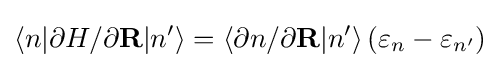
\left\langle n|\partial H/\partial \mathbf {R} |n'\right\rangle =\left\langle \partial n/\partial \mathbf {R} |n'\right\rangle (\varepsilon _{n}-\varepsilon _{n'})